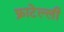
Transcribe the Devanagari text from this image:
फ्राटेल्ली